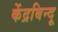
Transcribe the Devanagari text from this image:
केंद्रबिन्दू